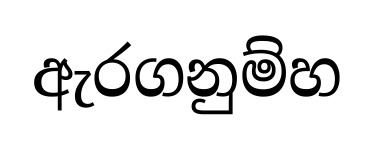
ඇරගනුම්හ